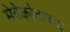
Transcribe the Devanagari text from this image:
मेढेकोटाच्या